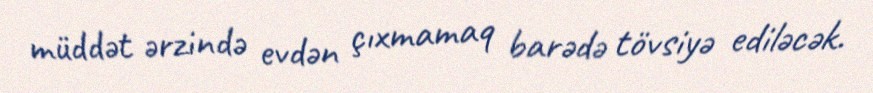
müddət ərzində evdən çıxmamaq barədə tövsiyə ediləcək.